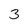
Character: 3